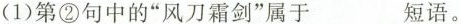
(1)第②句中的”风刀霜剑”属于_________短语。